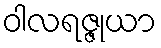
ဝါလရဇ္ဇုယာ